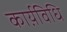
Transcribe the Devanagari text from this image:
कार्य़विधि